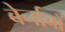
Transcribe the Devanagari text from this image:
बेर्नाबॉ